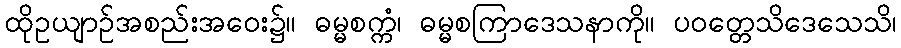
ထိုဥယျာဉ်အစည်းအဝေး၌။ ဓမ္မစက္ကံ၊ ဓမ္မစကြာဒေသနာကို။ ပဝတ္တေသိဒေသေသိ၊